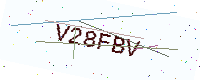
Text: V28FBV